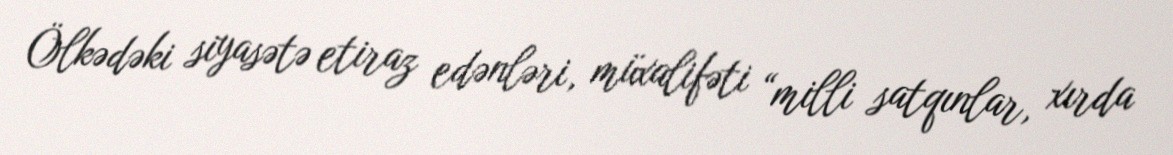
Ölkədəki siyasətə etiraz edənləri, müxalifəti “milli satqınlar, xırda